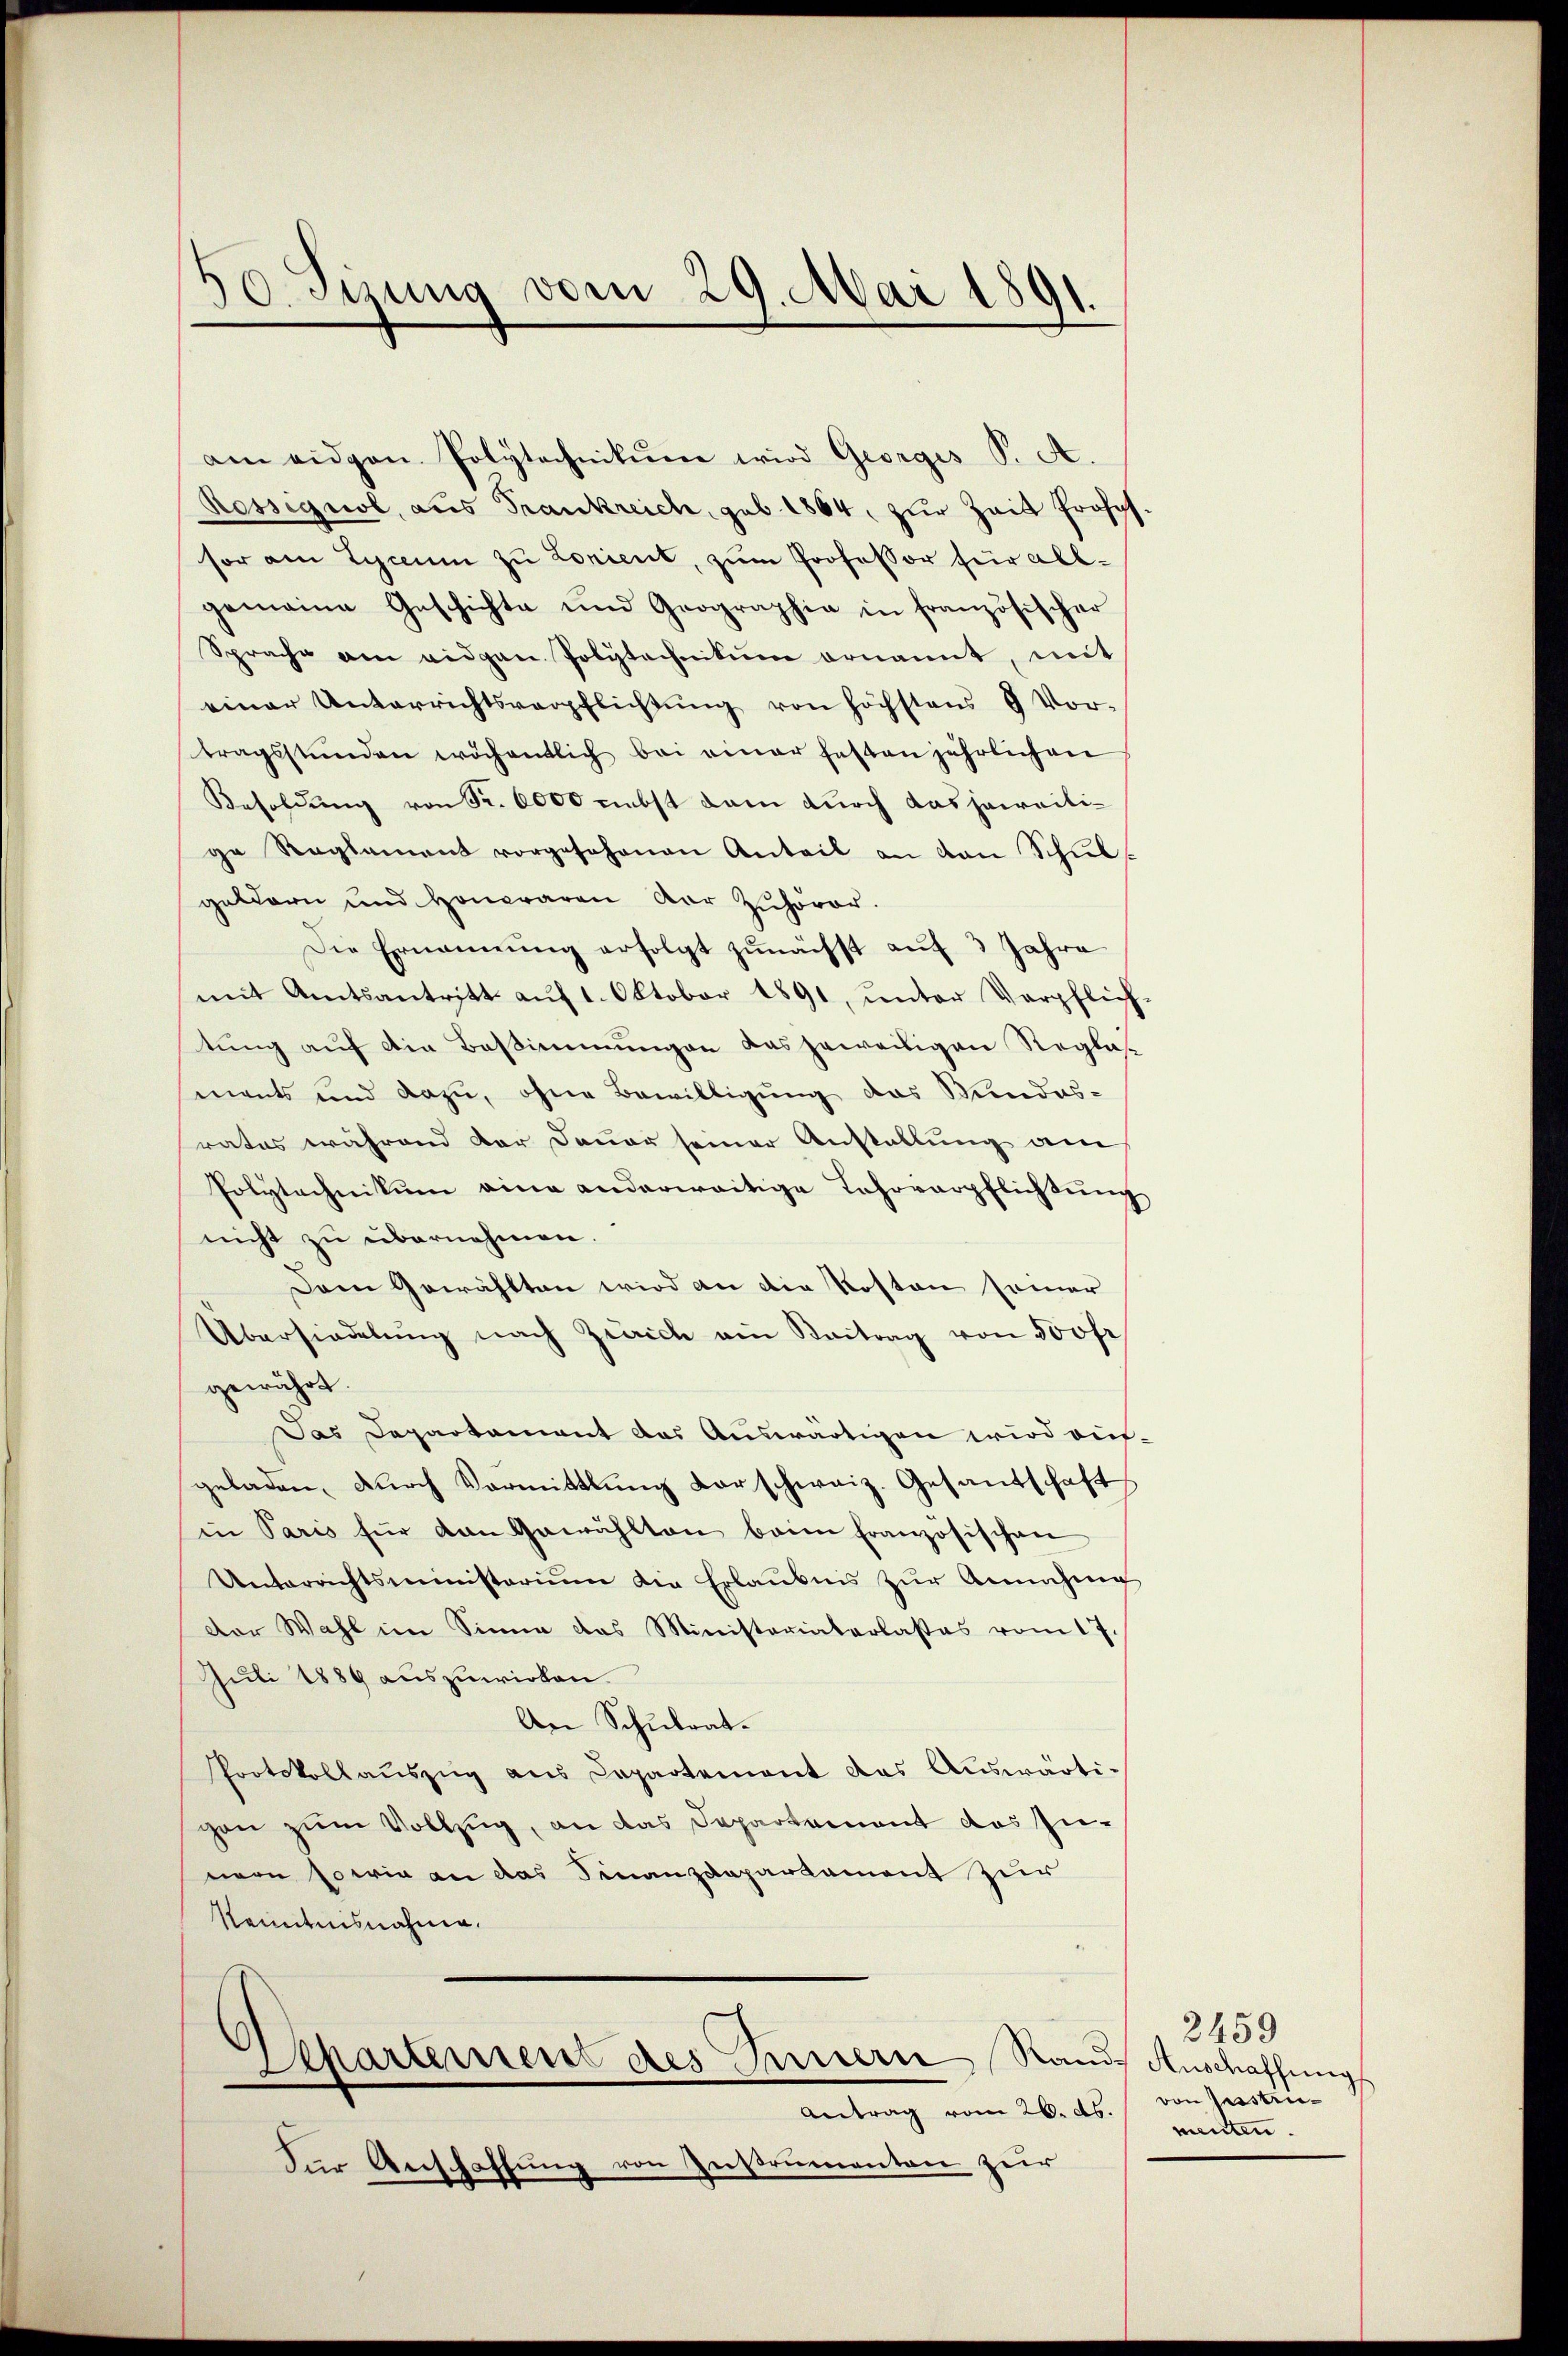
50. Sizung vom 29. Mai 1891.

am eidgen Polytechnikum wird Georges P. A.
Ressignol, aus Frankreich, sub. 1864, zur Zeit Professor am Lyceum zu Lorient, zŭm Professor für all-
gemeine Geschichte und Geographie in französischer
Sprache am eidgen. Polytechnikum ernannt, mit
einer Unterrichtsverpflichtung von höchstens 9 Vor-
tragsstünden wöchentlich bei einer festen jährlichen
Besoldung von Fr. 6000 nebst dem durch das jeweilige Reglement vorgesehenen Anteil an den Schulgeldern und Honoraren der Zuhörer.
Die Ernennung erfolgt zunächst auf 3 Jahre
mit Amtsantritt aŭf 1. Oktober 1891, ŭnter Verpflich-
tung auf die Bestimmungen das jeweiligen Reglasmants und dazu, ohne Bewilligung das Kundes-
rates während dar Dauer seiner Anstallung am
Polytechnikum eine anderweitige Lehrverpflichtŭng
nicht zu übernehmen.
Dem Gewählten wird an die Kosten seiner
Übersiedelung nach Zürich ein Beitrag von 500 fr
gewährt.
Das Departament das Auswärtigen wird auf-
geladen, durch Vormittlung darschweiz. Gesandschaft
in Paris für den Gewählten beim französischen
Unterrichtsministerium die Erlaubnis zŭr Annahme
der Wahl im Sinne das Ministeriaterlasses vom 17.
Juli 1889 auszuwirken.
An Schulrat.
Protokollaŭszŭg aŭs Departement das Auswärti-
gen zum Vollzug, an das Departement das Zunern sowie an das Finanzdepartement zur
Kenntnisnahme.
epartement des Innern Rands Anschaffung
Antrag vom 26. ds.
Für Anschaffung von Instrumenten zur

2459
von Gesstriementen.